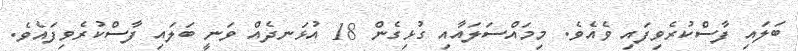
ބަލައި ފާސްކުރެވިފައި ވެއެވެ. މިމައްސަލައާއި ގުޅިގެން 18 އުޅަނދެއް ވަނީ ބަލައި ފާސްކުރެވިފައެވެ.